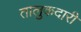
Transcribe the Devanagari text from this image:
तालुकदारी